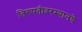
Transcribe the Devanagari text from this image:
तिरुपतीदरम्यानचे